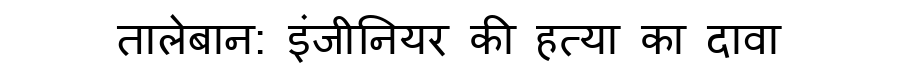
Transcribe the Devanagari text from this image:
तालेबान: इंजीनियर की हत्या का दावा